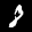
Label: 8